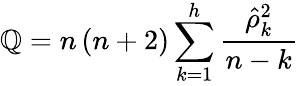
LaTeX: \mathbb{Q}=n\left(n+2\right)\sum_{k=1}^{h}{\frac{{{\hat{{\rho}}}_{k}^{2}}}{{n-k}}}